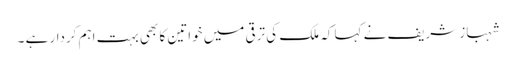
شہباز شریف نے کہا کہ ملک کی ترقی میں خواتین کا بھی بہت اہم کردار ہے ۔